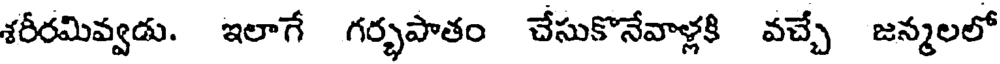
శరీరమివ్వడు. ఇలాగే గర్భపాతం చేసుకొనేవాళ్లకి వచ్చే జన్మలలో